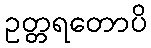
ဥတ္တရတောပိ